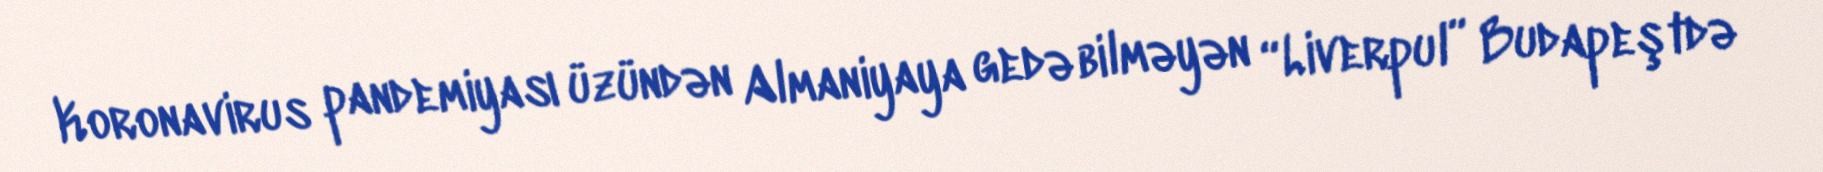
Koronavirus pandemiyası üzündən Almaniyaya gedə bilməyən “Liverpul” Budapeştdə